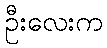
ဦးလေးက